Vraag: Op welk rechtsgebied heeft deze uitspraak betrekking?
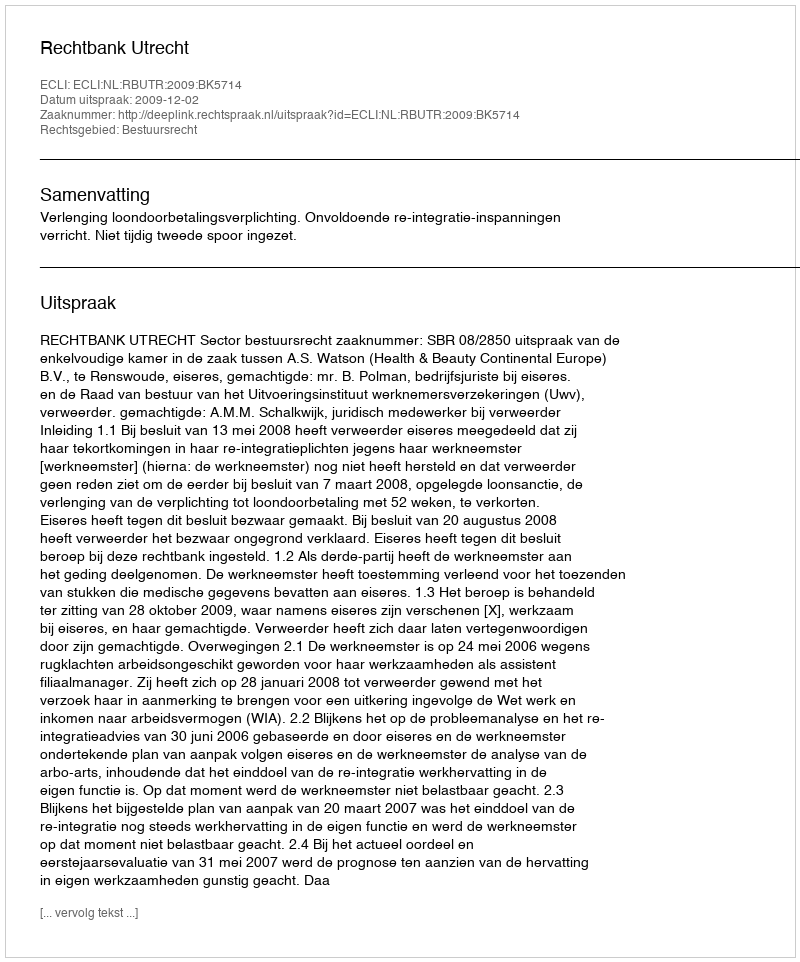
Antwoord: Bestuursrecht